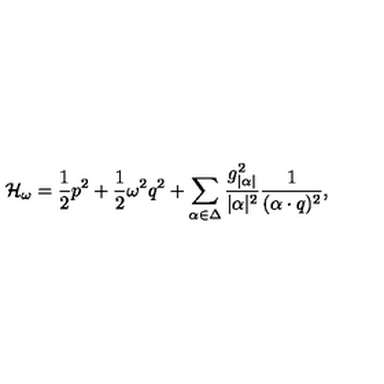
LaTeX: { \cal H } _ { \omega } = { \frac { 1 } { 2 } } p ^ { 2 } + { \frac { 1 } { 2 } } \omega ^ { 2 } q ^ { 2 } + \sum _ { \alpha \in \Delta } { \frac { g _ { | \alpha | } ^ { 2 } } { | \alpha | ^ { 2 } } } { \frac { 1 } { ( \alpha \cdot q ) ^ { 2 } } } ,